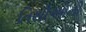
તિથીઓની